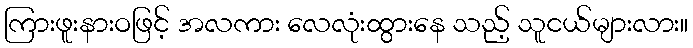
ကြားဖူးနားဝဖြင့် အလကား လေလုံးထွားနေ သည့် သူငယ်များလား။